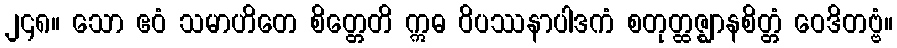
၂၄၈။ သော ဧဝံ သမာဟိတေ စိတ္တေတိ ဣဓ ဝိပဿနာပါဒကံ စတုတ္ထဇ္ဈာနစိတ္တံ ဝေဒိတဗ္ဗံ။